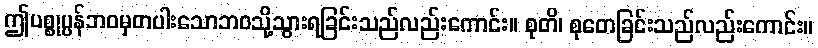
ဤပစ္စုပ္ပန်ဘဝမှတပါးသောဘဝသို့သွားရခြင်းသည်လည်းကောင်း။ စုတိ၊ စုတေခြင်းသည်လည်းကောင်း။